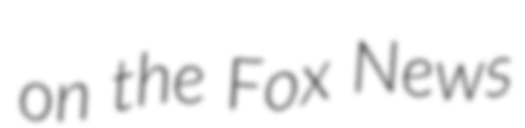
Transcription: on the Fox News